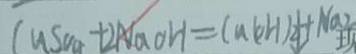
C u S o _ { 4 } + 2 N a O H = C a ( O H ) _ { 2 } \downarrow + N a _ { 2 }